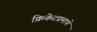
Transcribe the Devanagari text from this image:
क्रिकेटप्रमाणे